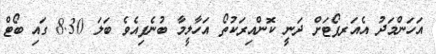
އަހަންމަދު އެއަރޕޯޓަށް ދަނީ ކޮންއިރަކުތޯ އަހާލީމާ ބުނެފިއެވެ ބަލަ 8.30 ގައި ބޯޓް